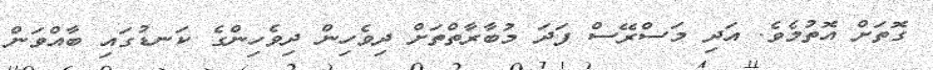
ގޮތަށް އޮތުމެވެ. އަދި މަސްރޭސް ފަދަ މުބާރާތްތަށް ދިވެހިން ދިވެހިންގެ ކަނޑުގައި ބާއްވަން